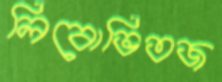
লিবোভিতজ